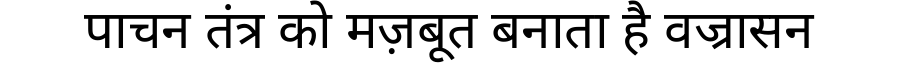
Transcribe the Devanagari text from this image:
पाचन तंत्र को मज़बूत बनाता है वज्रासन